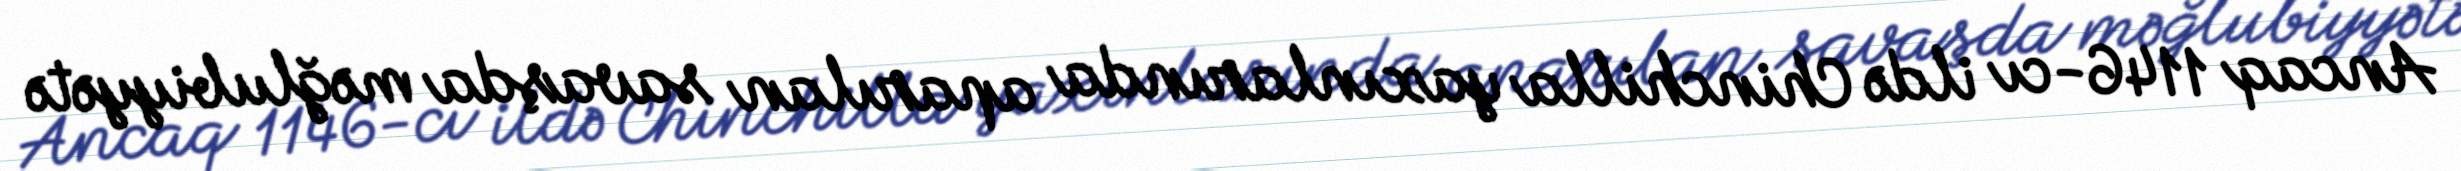
Ancaq 1146-cı ildə Chinchilla yaxınlarında aparılan savaşda məğlubiyyətə